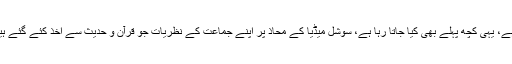
مولانا فضل الرحمن نے کہا کہ سوشل میڈیا پر جس تیزی سے جھوٹ کو پھیلایا جاتا ہے، یہی کچھ پہلے بھی کیا جاتا رہا ہے، سوشل میڈیا کے محاذ پر اپنے جماعت کے نظریات جو قرآن و حدیث سے اخذ کئے گئے ہیں، آپ نے ان سے رہنمائی لینی ہے، آپ نے ایسے مواقع پر سنجدگی سے کام لینا ہے۔